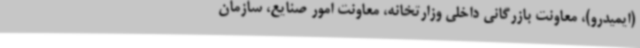
(ایمیدرو)، معاونت بازرگانی داخلی وزارتخانه، معاونت امور صنایع، سازمان